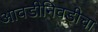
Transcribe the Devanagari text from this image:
आवडीनिवडीचा